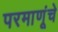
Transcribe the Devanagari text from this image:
परमाणूंचे